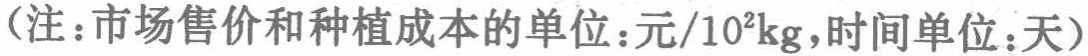
（注：市场售价和种植成本的单位：元/$10^{2}\text{kg}$，时间单位：天）